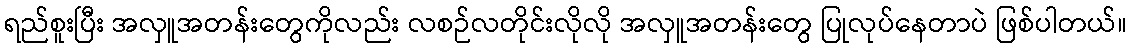
ရည်စူးပြီး အလှူအတန်းတွေကိုလည်း လစဉ်လတိုင်းလိုလို အလှူအတန်းတွေ ပြုလုပ်နေတာပဲ ဖြစ်ပါတယ်။